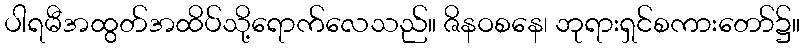
ပါရမီအထွတ်အထိပ်သို့ရောက်လေသည်။ ဇိနဝစနေ၊ ဘုရားရှင်စကားတော်၌။